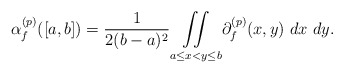
\begin{align*} \alpha_f^{(p)}([a,b]) = \frac{1}{2(b-a)^2} \underset{a \leq x < y \leq b}{\iint} \partial_f^{(p)}(x,y) ~dx ~dy. \end{align*}